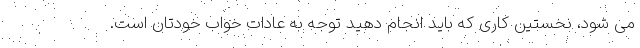
می شود، نخستین کاری که باید انجام دهید توجه به عادات خواب خودتان است.